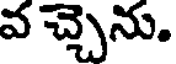
వ చ్చెను.